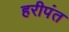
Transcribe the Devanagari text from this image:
हरीपंत